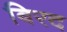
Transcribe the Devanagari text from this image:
बिरद